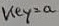
Text: key=a